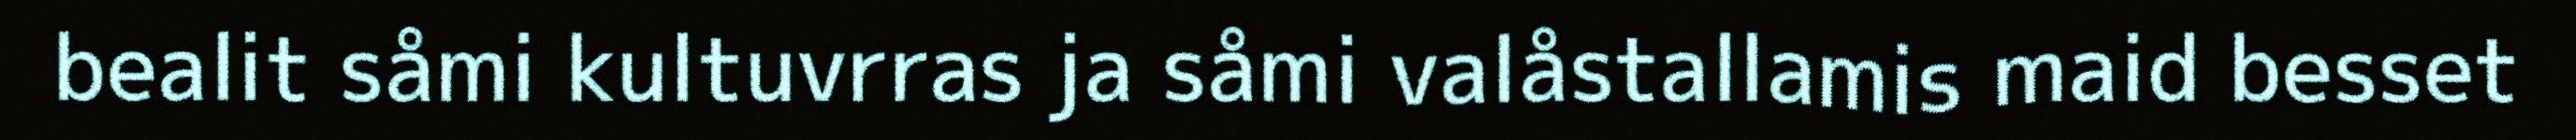
bealit såmi kultuvrras ja såmi valåstallamis maid besset